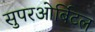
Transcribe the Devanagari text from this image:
सुपरओर्बिटल